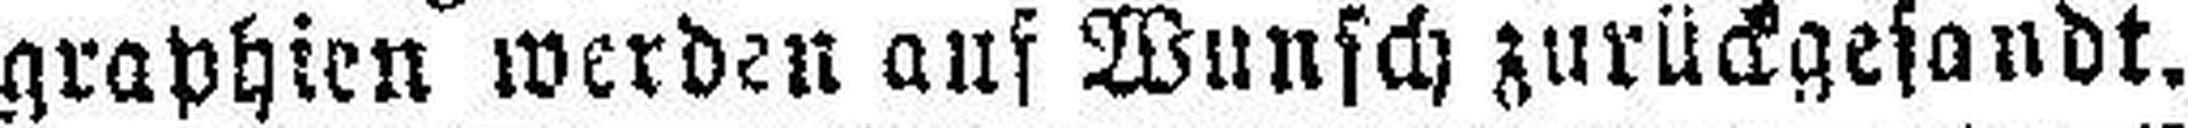
graphien werden auf Wunsch zurückgesandt.